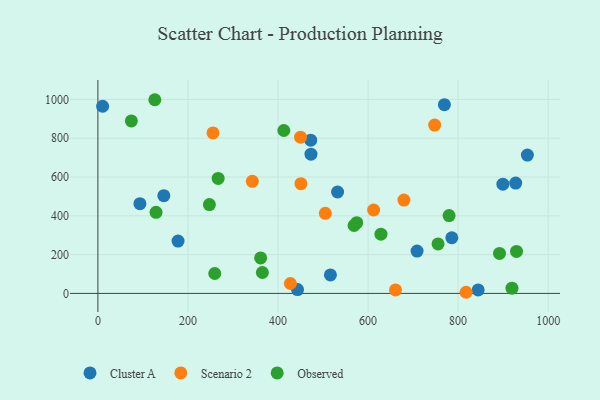
{"axis": {"x": "Ad Spend", "y": "Salary"}, "legend": ["Cluster A", "Observed", "Scenario 2"], "data": [{"x": "146.4", "y": 503.9, "type": "Cluster A"}, {"x": "844.5", "y": 17.9, "type": "Cluster A"}, {"x": "927.8", "y": 568.8, "type": "Cluster A"}, {"x": "93.3", "y": 462.8, "type": "Cluster A"}, {"x": "443.4", "y": 19.8, "type": "Cluster A"}, {"x": "473.2", "y": 717.9, "type": "Cluster A"}, {"x": "953.8", "y": 713.1, "type": "Cluster A"}, {"x": "769.5", "y": 972.8, "type": "Cluster A"}, {"x": "708.8", "y": 218.4, "type": "Cluster A"}, {"x": "472.6", "y": 789.8, "type": "Cluster A"}, {"x": "10.5", "y": 964.9, "type": "Cluster A"}, {"x": "786.0", "y": 286.9, "type": "Cluster A"}, {"x": "178.0", "y": 269.9, "type": "Cluster A"}, {"x": "899.4", "y": 563.2, "type": "Cluster A"}, {"x": "532.3", "y": 522.8, "type": "Cluster A"}, {"x": "516.4", "y": 95.5, "type": "Cluster A"}, {"x": "450.9", "y": 565.6, "type": "Scenario 2"}, {"x": "661.0", "y": 18.1, "type": "Scenario 2"}, {"x": "679.6", "y": 481.0, "type": "Scenario 2"}, {"x": "255.6", "y": 827.3, "type": "Scenario 2"}, {"x": "450.0", "y": 805.2, "type": "Scenario 2"}, {"x": "427.5", "y": 51.1, "type": "Scenario 2"}, {"x": "505.1", "y": 412.8, "type": "Scenario 2"}, {"x": "612.4", "y": 430.0, "type": "Scenario 2"}, {"x": "343.0", "y": 578.1, "type": "Scenario 2"}, {"x": "817.7", "y": 5.9, "type": "Scenario 2"}, {"x": "747.9", "y": 868.0, "type": "Scenario 2"}, {"x": "919.6", "y": 26.9, "type": "Observed"}, {"x": "267.1", "y": 592.8, "type": "Observed"}, {"x": "568.9", "y": 350.1, "type": "Observed"}, {"x": "779.9", "y": 401.5, "type": "Observed"}, {"x": "247.6", "y": 458.1, "type": "Observed"}, {"x": "126.4", "y": 998.5, "type": "Observed"}, {"x": "361.4", "y": 183.0, "type": "Observed"}, {"x": "412.9", "y": 839.9, "type": "Observed"}, {"x": "628.6", "y": 305.6, "type": "Observed"}, {"x": "129.1", "y": 418.0, "type": "Observed"}, {"x": "929.7", "y": 216.4, "type": "Observed"}, {"x": "574.8", "y": 364.9, "type": "Observed"}, {"x": "259.5", "y": 102.6, "type": "Observed"}, {"x": "891.9", "y": 206.2, "type": "Observed"}, {"x": "365.3", "y": 107.8, "type": "Observed"}, {"x": "755.4", "y": 255.4, "type": "Observed"}, {"x": "74.3", "y": 889.1, "type": "Observed"}]}